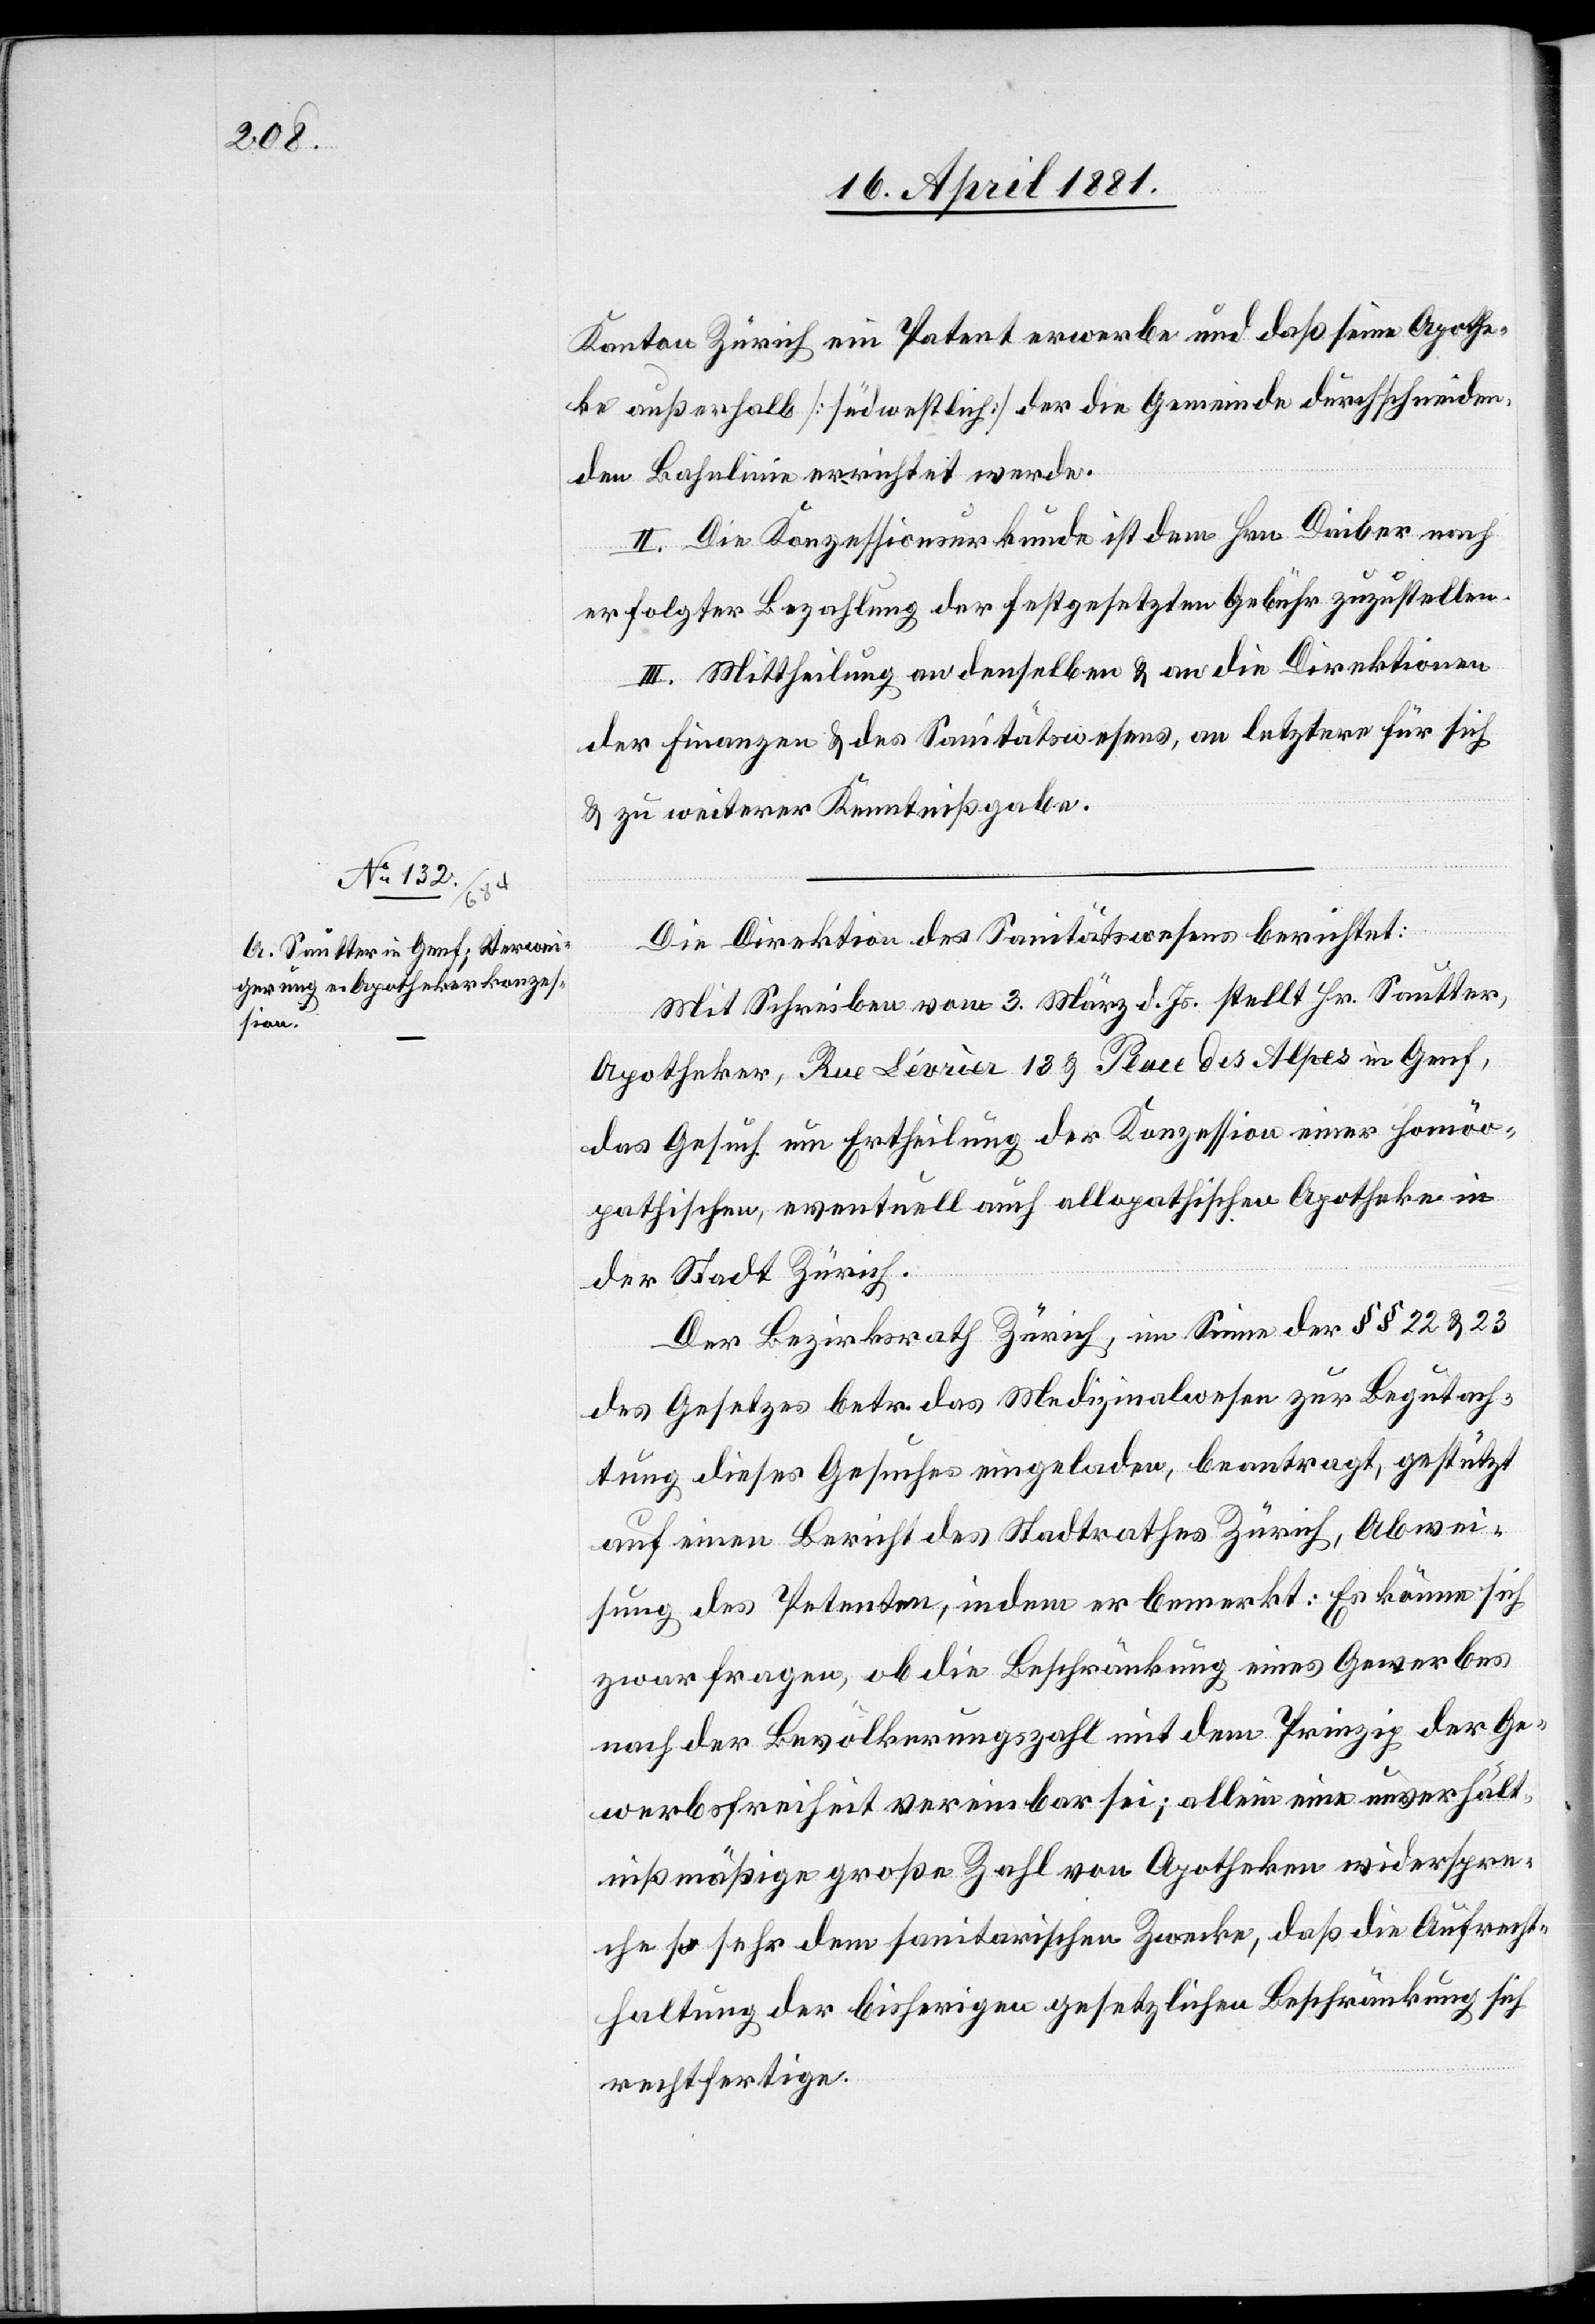
Kanton Zürich ein Patent erwerbe und daß seine Apothe¬
ke außerhalb [südwestlich] der die Gemeinde durchschneiden¬
den Bahnlinie errichtet werde.
II. Die Konzessionsurkunde ist dem Hrn. Daiber nach
erfolgter Bezahlung der festgesetzten Gebühr zuzustellen.
III. Mittheilung an denselben & an die Direktionen
der Finanzen & des Sanitätswesen, an letztere für sich
& zu weiterer Kenntnißgabe.
Die Direktion des Sanitätswesens berichtet:
Mit Schreiben vom 3. März d. Js. stellt Hr. Sautter,
Apotheker, Rue Lévrier 13 & Place des Alpes in Genf,
das Gesuch um Ertheilung der Konzession einer homöo¬
pathischen, eventuell auch allopathischen Apotheke in
der Stadt Zürich.
Der Bezirksrath Zürich, im Sinne der §§ 22 & 23
des Gesetzes betr. das Medizinalwesen zur Begutach¬
tung dieses Gesuches eingeladen, beantragt, gestützt
auf einen Bericht des Stadtrathes Zürich, Abwei¬
sung des Petenten, indem er bemerkt: Es könne sich
zwar fragen, ob die Beschränkung eines Gewerbes
nach der Bevölkerungszahl mit dem Prinzip der Ge¬
werbefreiheit vereinbar sei; allein eine unverhält¬
nißmäßige große Zahl von Apotheken wiederspre¬
che so sehr dem sanitarischen Zwecke, daß die Aufrecht¬
haltung der bisherigen gesetzlichen Beschränkung sich
rechtfertige.